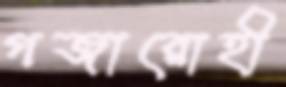
গজারোহী